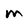
Character: m